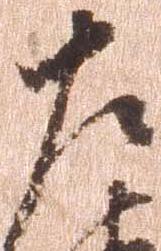
左